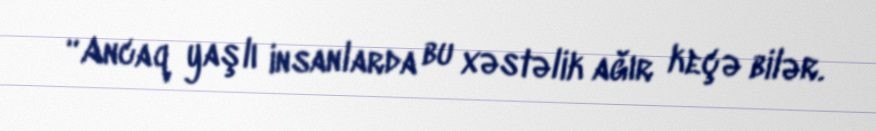
“Ancaq yaşlı insanlarda bu xəstəlik ağır keçə bilər.